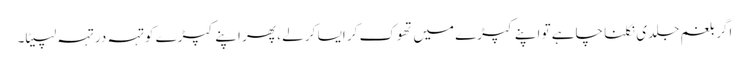
اگر بلغم جلدی نکلنا چاہے تو اپنے کپڑے میں تھوک کر ایسا کر لے ، پھر اپنے کپڑے کو تہہ در تہہ لپیٹا۔